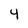
Character: 4